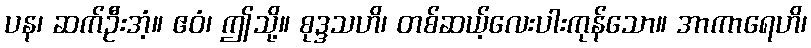
ပန၊ ဆက်ဦးအံ့။ ဧဝံ၊ ဤသို့။ စုဒ္ဒသဟိ၊ တစ်ဆယ့်လေးပါးကုန်သော။ အာကာရေဟိ၊